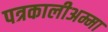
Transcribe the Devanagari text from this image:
पत्रकालीअम्मा